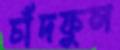
চাঁদফুল